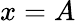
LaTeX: x=A